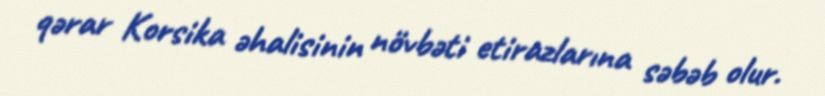
qərar Korsika əhalisinin növbəti etirazlarına səbəb olur.